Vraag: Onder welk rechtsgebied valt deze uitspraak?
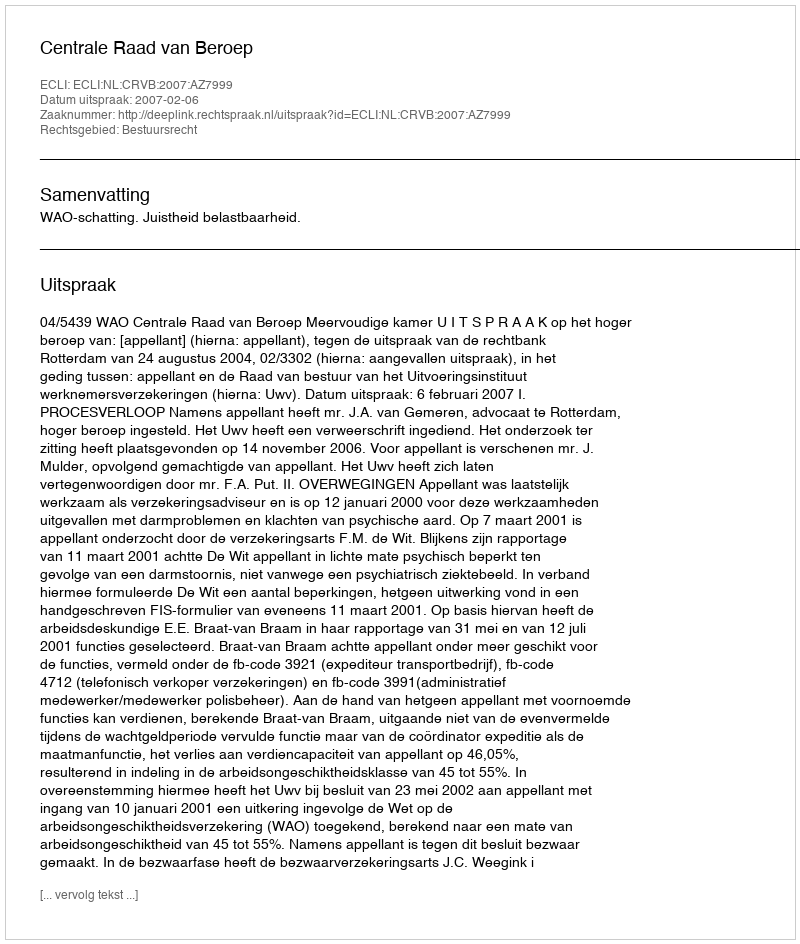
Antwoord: Bestuursrecht